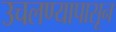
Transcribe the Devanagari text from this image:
उचलण्यापासून